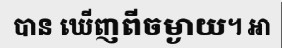
បាន ឃើញពីចម្ងាយ។ អា